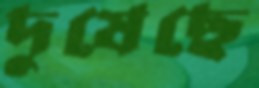
দুষেছে